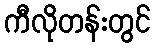
ကီလိုတန်းတွင်